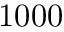
1 0 0 0